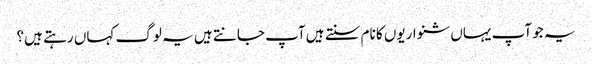
یہ جو آپ یہاں شنواریوں کا نام سنتے ہیں آپ جانتے ہیں یہ لوگ کہاں رہتے ہیں؟